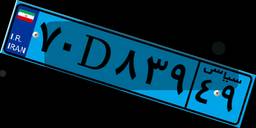
۹۷D۴۰۲۳۶